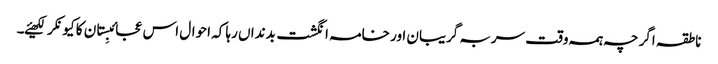
ناطقہ اگرچہ ہمہ وقت سربہ گریبان اور خامہ انگشت بدنداں رہا کہ احوال اس عجائبِستان کا کیونکر لکھیئے۔